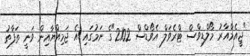
"ޖީއެމްއާރު މޯލްޑިވްސް ޓްރެވަލް އެވޯޑްސް 2102"ގެ ނަމުގައި އެ ޖަމިއްޔާއިން ވަނީ ތަފާތު